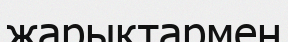
жарықтармен